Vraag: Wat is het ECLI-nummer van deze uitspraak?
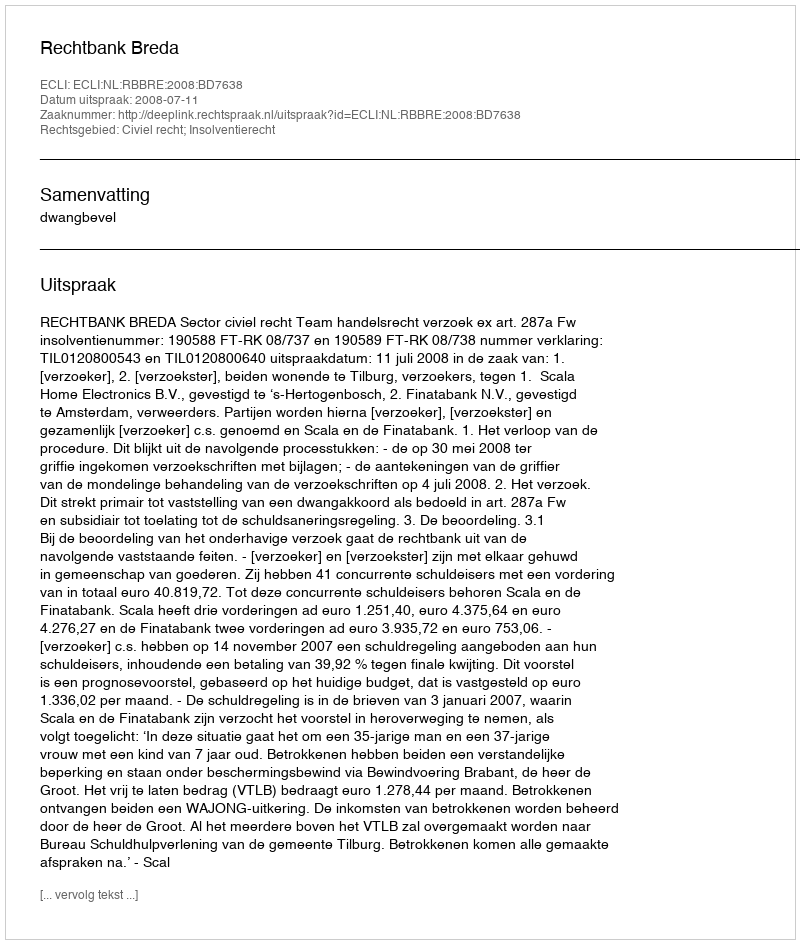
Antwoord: ECLI:NL:RBBRE:2008:BD7638